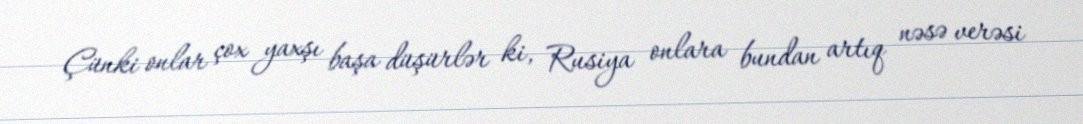
Çünki onlar çox yaxşı başa düşürlər ki, Rusiya onlara bundan artıq nəsə verəsi